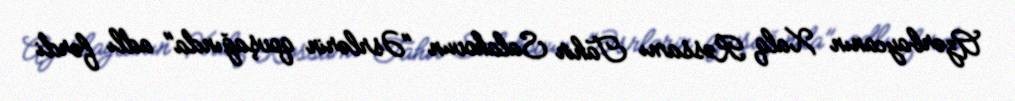
Azərbaycanın Xalq Rəssamı Tahir Salahovun "Əsrlərin qovşağında" adlı fərdi